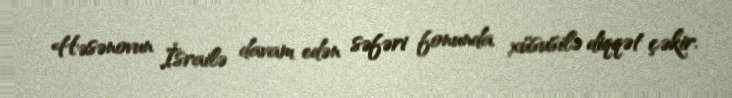
Həsənovun İsrailə davam edən səfəri fonunda xüsusilə diqqət çəkir.